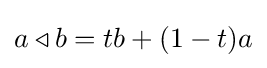
a\triangleleft b=tb+(1-t)a